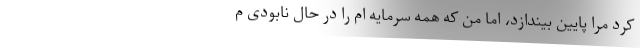
کرد مرا پایین بیندازد، اما من که همه سرمایه ام را در حال نابودی م